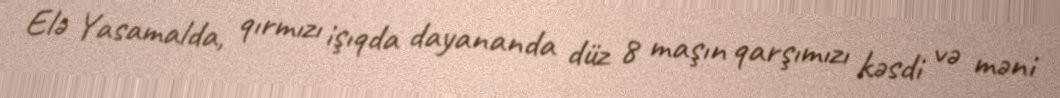
Elə Yasamalda, qırmızı işıqda dayananda düz 8 maşın qarşımızı kəsdi və məni